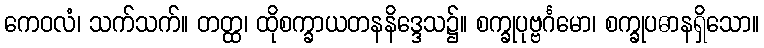
ကေဝလံ၊ သက်သက်။ တတ္ထ၊ ထိုစက္ခာယတနနိဒ္ဒေသ၌။ စက္ခုပုဗ္ဗင်္ဂမော၊ စက္ခုပဓာနရှိသော။